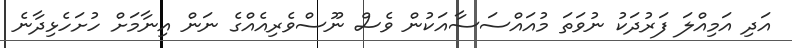
އަދި އަމިއްލަ ފަރުދަކު ނުވަތަ މުއައްސަސާއަކުން ވެސް ނޫސްވެރިއެއްގެ ނަން އިނާމަށް ހުށަހެޅިދާނެ